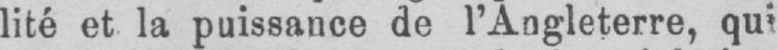
lité et la puissance de l’Angleterre, qui